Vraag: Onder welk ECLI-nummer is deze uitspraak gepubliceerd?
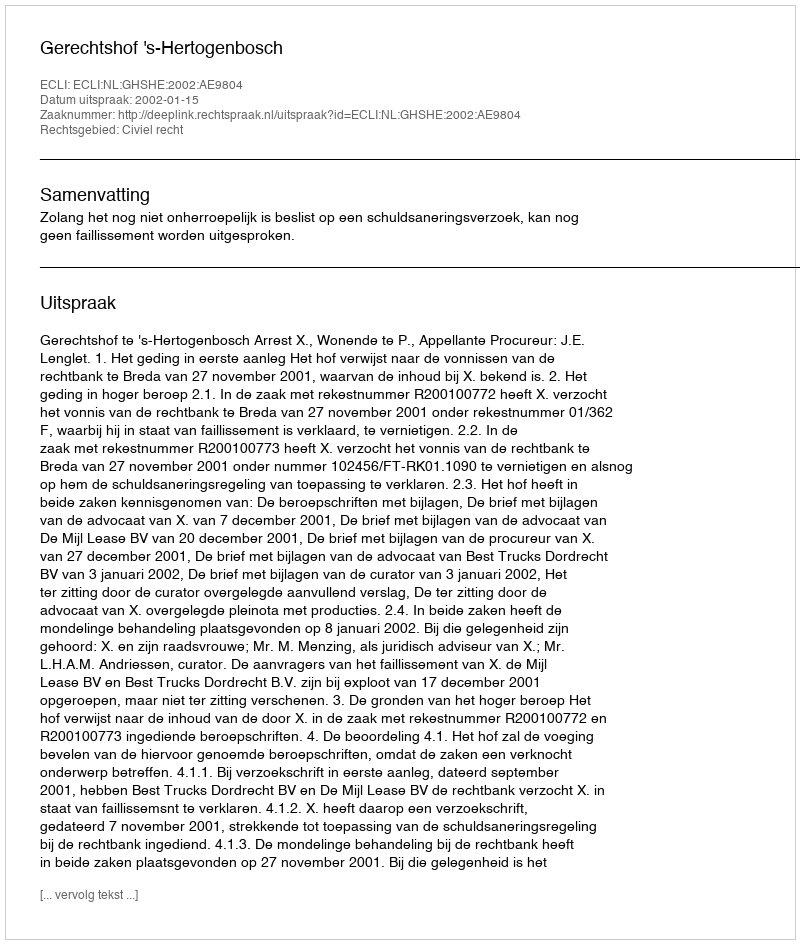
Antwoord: ECLI:NL:GHSHE:2002:AE9804